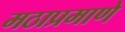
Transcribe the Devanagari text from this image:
मठाप्रमाणे